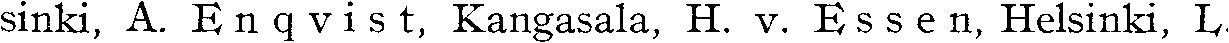
sinki, A. Enqvist, Kangasala, H. v. Essen, Helsinki, L.